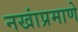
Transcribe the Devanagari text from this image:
नखांप्रमाणे